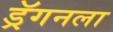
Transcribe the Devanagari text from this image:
ड्रॅगनला